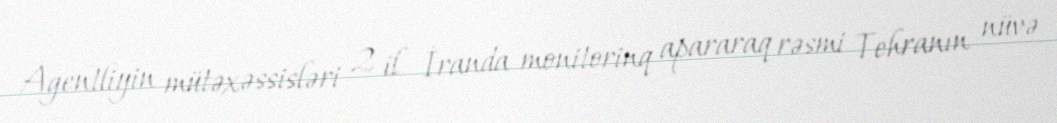
Agentliyin mütəxəssisləri 2 il İranda monitorinq apararaq rəsmi Tehranın nüvə